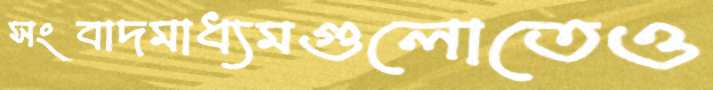
সংবাদমাধ্যমগুলোতেও